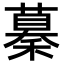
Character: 𥢞